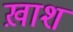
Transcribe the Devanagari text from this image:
ख़ाश